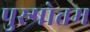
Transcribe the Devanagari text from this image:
पुस्र्षोत्तम